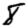
Digit: 8